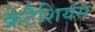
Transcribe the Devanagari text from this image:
क्रेटैशियस